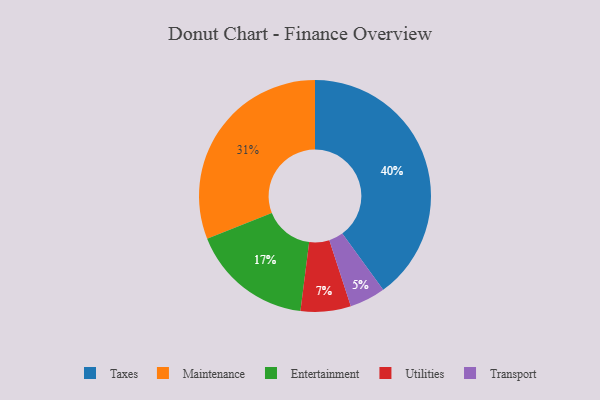
{"axis": {"x": "Category", "y": "Percentage"}, "legend": ["Entertainment", "Maintenance", "Taxes", "Transport", "Utilities"], "data": [{"x": "Transport", "y": 5, "type": "Transport"}, {"x": "Entertainment", "y": 17, "type": "Entertainment"}, {"x": "Utilities", "y": 7, "type": "Utilities"}, {"x": "Maintenance", "y": 31, "type": "Maintenance"}, {"x": "Taxes", "y": 40, "type": "Taxes"}]}